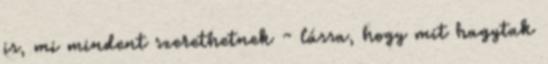
is, mi mindent szerethetnek - lássa, hogy mit hagytak